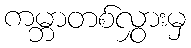
ကမ္ဘာတစ်လွှားမှ